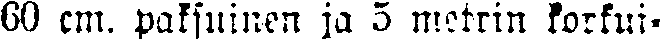
60 cm. paksuinen ja 5 metrin korkui-